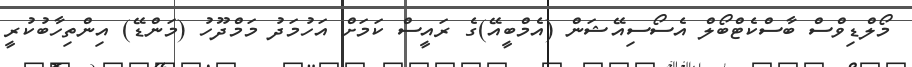
މޯލްޑިވްސް ބާސްކެޓްބޯލް އެސޯސިއޭޝަން (އެމްބީއޭ)ގެ ރައީސް ކަމަށް އަހުމަދު މަމްދޫހު (މަންޑޭ) އިންތިހާބުކުރީ